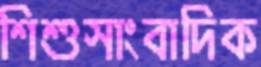
শিশুসাংবাদিক